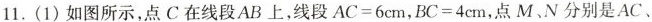
11.(1)如图所示，点C在线段AB上，线段$$A C = 6$$cm，$$B C = 4$$cm，点M，N分别是AC、